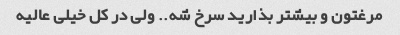
مرغتون و بیشتر بذارید سرخ شه.. ولی در کل خیلی عالیه